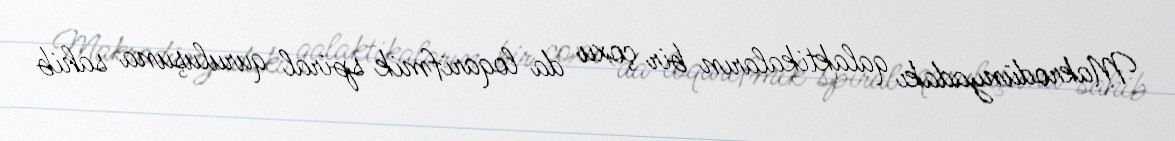
Makrodünyadakı qalaktikaların bir çoxu da loqarifmik spiral quruluşuna sahib